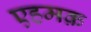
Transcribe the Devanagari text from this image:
एहमक़